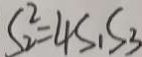
S _ { 2 } ^ { 2 } = 4 S _ { 1 } S _ { 3 }